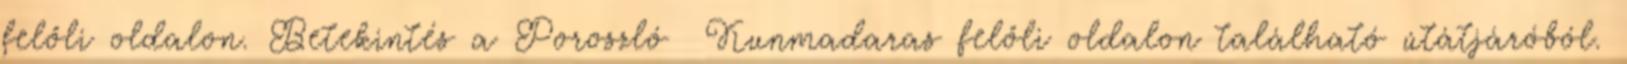
felőli oldalon. Betekintés a Poroszló Kunmadaras felőli oldalon található útátjáróból.